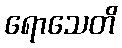
ရောသေတိ